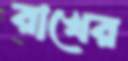
রাখের